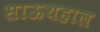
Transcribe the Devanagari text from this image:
साऊथहाल